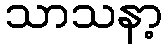
သာသနာ့